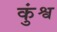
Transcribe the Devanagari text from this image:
कुंश्व